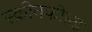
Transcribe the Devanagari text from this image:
स्क्रीनफोल्ड